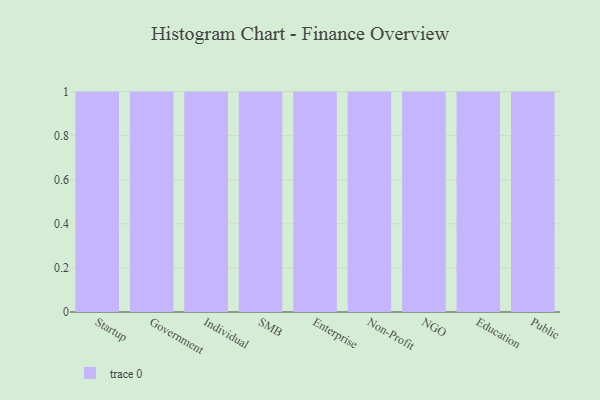
{"axis": {"x": "Segment", "y": "Market Share (%)"}, "legend": [""], "data": [{"x": "Startup", "y": 98, "type": ""}, {"x": "Government", "y": 64, "type": ""}, {"x": "Individual", "y": 69, "type": ""}, {"x": "SMB", "y": 73, "type": ""}, {"x": "Enterprise", "y": 69, "type": ""}, {"x": "Non-Profit", "y": 95, "type": ""}, {"x": "NGO", "y": 9, "type": ""}, {"x": "Education", "y": 86, "type": ""}, {"x": "Public", "y": 99, "type": ""}]}